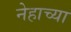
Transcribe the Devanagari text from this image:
नेहाच्या